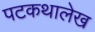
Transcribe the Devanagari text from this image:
पटकथालेख